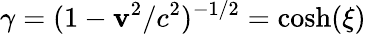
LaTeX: \gamma=(1-\mathbf{v}^{2}/c^{2})^{-1/2}=\cosh(\xi)